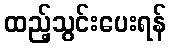
ထည့်သွင်းပေးရန်